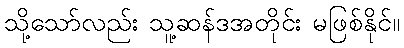
သို့သော်လည်း သူ့ဆန်ဒအတိုင်း မဖြစ်နိုင်။